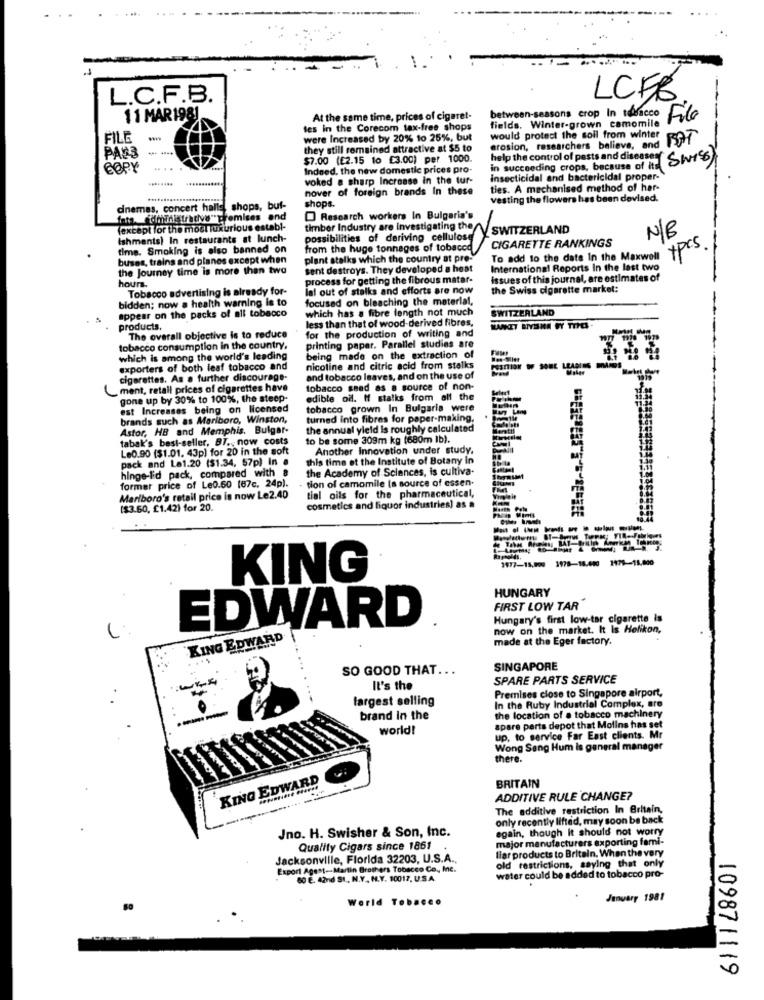
L.C.F.B.
LCFB
11 MAR1981
At the same time, prices of cigaret-
fields. Winter-grown camomile
between-seasons crop In tabacco File
tes in the Corecom tax-free shops
FILE
were Increased by 20% to 25%, but
would protect the soil from winter
BAT
PAN3
they still remained attractive at $5 to
erosion, researchers believe, and
$7.00 (£2.15 to €3.00) per 1000.
help the control of pests and diseases Swiss)
COPY
Indeed, the new domestic prices pro-
in succeeding crops, because of its
........
voked a sharp Increase in the tur-
insecticidal and bactericidal proper-
nover of foreign brands In these
ties. A mechanised method of har-
vesting the flowers has been devised.
dnemas, concert halls, shops, buf-
shops.
Research workers In Bulgaria's
(except for the most luxurious establ-
timber Industry are investigating the
SWITZERLAND
Ishments) In restaurants at lunch-
possibilities of deriving cellulose
N/B
time. Smoking is also banned on
from the huge tonnages of tobacco
CIGARETTE RANKINGS
ypcs
buses, trains and planes except when
plant stalks which the country at pre-
To add to the date In the Maxwell
the Journey time is more than two
sent destroys. They developed a heat
International Reports In the last two
hours.
process for getting the fibrous matar-
Issues of this journal, are estimates of
Tobacco advertising is already for-
lal out of stalks and efforts are now
the Swiss cigarette markel:
bidden; now a health warning is to
focused on bleaching the material,
appear on the packs of all tobacco
which has a fibre length not much
SWITZERLAND
less than that of wood-derived fibres,
products.
for the production of writing and
The overall objective is to reduce
tobacco consumption in the country.
printing paper. Parallel studies are
which is among the world's leading
being made on the extraction of
exporters of both leaf tobacco and
nicoline and citric acid from stalks
POSITION OF SOUL LEABIES
cigarettes. As a further discourage-
and tobacco leaves, and on the use of
ment, retall prices of cigarettes have
tobacco snad as a source of non-
gone up by 30% to 100%, the steep-
edible od. If stalks from all the
est Increases being on licensed
tobacco grown In Bulgaria were
brands such as Mariboro, Winston,
turned into fibres for paper-making,
Astor, HB and Memphis. Bulgar-
the annual yield is roughly calculated
tabak's best-seller, BT. now costs
to be some 309m kg (680m Ib).
Le0.90 ($1.01. 43p) for 20 in the soft
Another Innovation under study.
pack and La1.20 ($1.34, 57p) In a
this time et the Institute of Botany in
hinge-i'd pack, compared with a
the Academy of Sciences, is cultiva-
former price of Le0.50 (67c. 24p).
tion of camomile (s source of essen-
tial oils for the pharmaceutical,
Marlboro's retail price is now Le2.40
($3.60, £1.42) for 20.
cosmetics and liquor industries) as a
- -------
1977-15,000 1978-18.000 1979-15.000
KING
HUNGARY
FIRST LOW TAR
EDWARD
Hungary's first low-tar cigarette is
now on the market. It Is Helikon,
KING EDWARD
made at the Eger factory.
SO GOOD THAT ...
SINGAPORE
SPARE PARTS SERVICE
It's the
Premises close to Singapore airport,
largest selling
In the Ruby Industrial Complex, are
---
brand In the
the location of a tobacco machinery
world!
spare parts depot that Molins has set
up. to service Far East clients. Mr
Wong Sang Hum Is general manager
there.
KING EDWARD
BRITAIN
ADDITIVE RULE CHANGE?
The additive restriction In Britain,
only recently lifted, may soon be back
Jno. H. Swisher & Son, Inc.
again, though It should not worry
major manufacturers exporting fami-
Quality Cigars since 1861
flar products to Britain. When the very
Jacksonville, Florida 32203, U.S.A .,
old restrictions, saying that only
Export Agest-Martin Brothers Tobacco Co ., Inc.
water could be added to tobacco pro-
80 E. 42nd SI, N.Y. M.V. 10017, U.S.A.
World Tobacco
January 1981
109871119